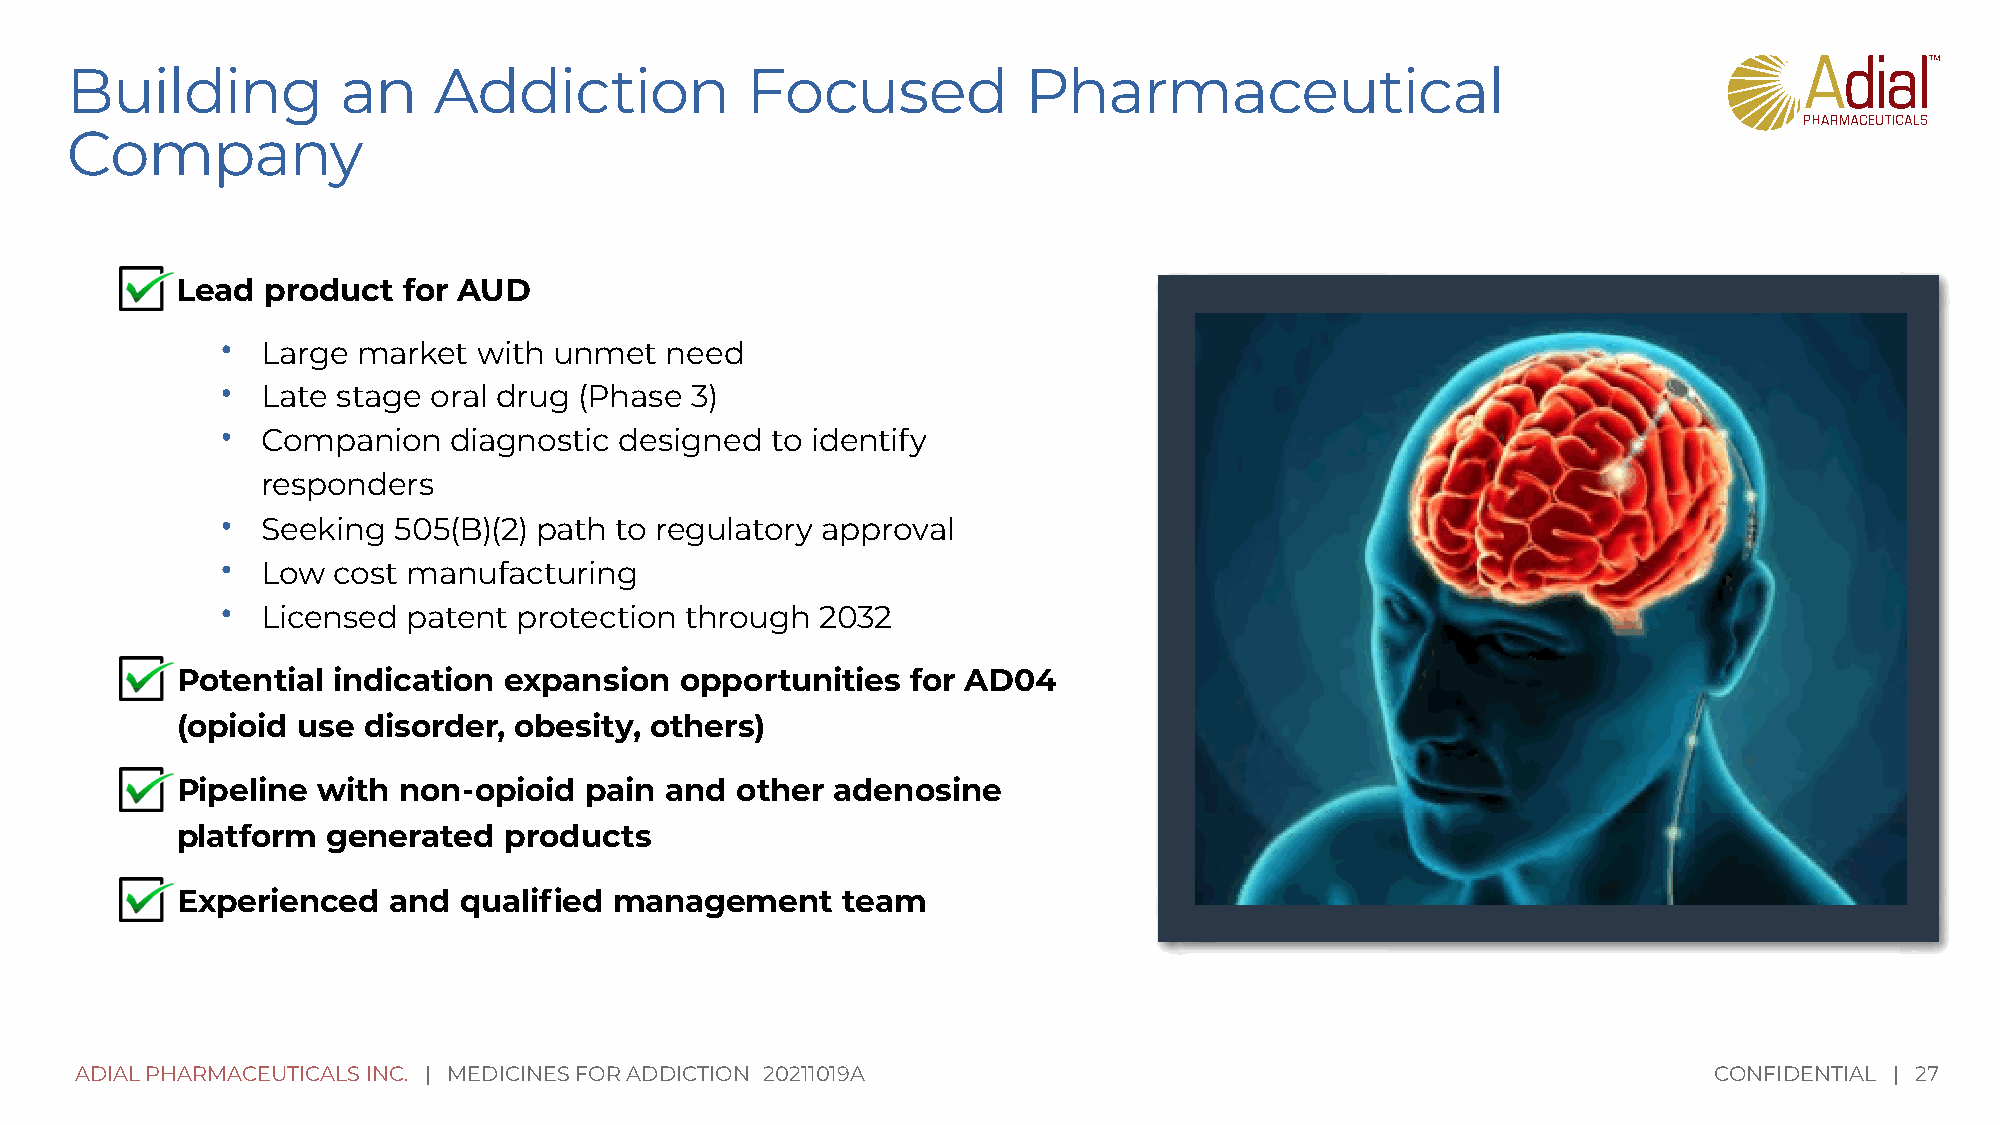
Building           an    Addiction           Focused            Pharmaceutical
 Company
 Lead product   for AUD
 •
 Large  market  with unmet  need
 •
 Late stage oral drug (Phase  3)
 •
 Companion    diagnostic designed  to identify
 responders
 •
 Seeking  505(B)(2) path to regulatory approval
 •
 Low  cost manufacturing
 •
 Licensed  patent protection through  2032
 Potential indication expansion   opportunities  for AD04
 (opioid use disorder, obesity, others)
 Pipeline with non-opioid   pain and  other adenosine
 platform  generated  products
 Experienced   and qualified  management     team
 ADIAL PHARMACEUTICALS INC. | MEDICINES FOR ADDICTION 20211019A                                              CONFIDENTIAL | 27